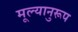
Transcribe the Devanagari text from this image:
मूल्यानुरूप